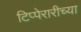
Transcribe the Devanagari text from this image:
टिप्पेरारीच्या